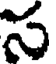
స